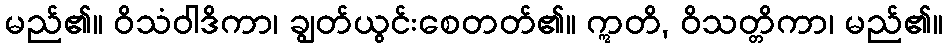
မည်၏။ ဝိသံဝါဒိကာ၊ ချွတ်ယွင်းစေတတ်၏။ ဣတိ, ဝိသတ္တိကာ၊ မည်၏။